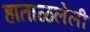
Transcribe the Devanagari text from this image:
हाताळलेली